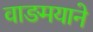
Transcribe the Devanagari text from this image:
वाङमयाने